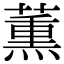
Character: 薫